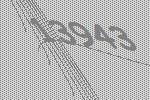
13943